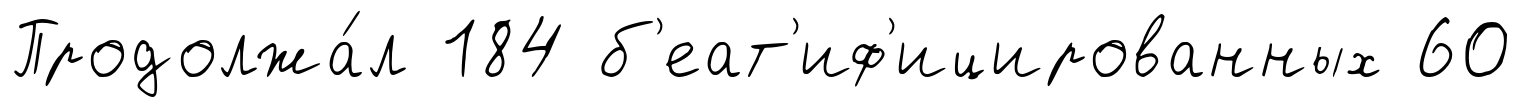
Продолжа́л 184 б'еат'иф'ицированных 60